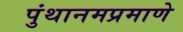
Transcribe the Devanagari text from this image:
पुंथानमप्रमाणे